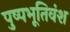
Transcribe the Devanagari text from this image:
पुष्पभूतिवंश